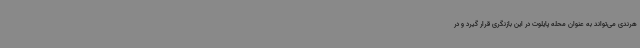
هرندی می‌تواند به عنوان محله پایلوت در این بازنگری قرار گیرد و در